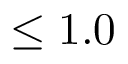
\leq 1 . 0